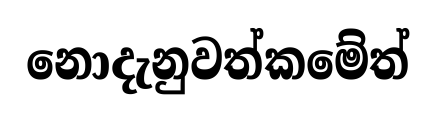
නොදැනුවත්කමේත්